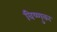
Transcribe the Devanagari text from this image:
विष्णुका